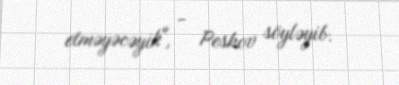
etməyəcəyik", - Peskov söyləyib.